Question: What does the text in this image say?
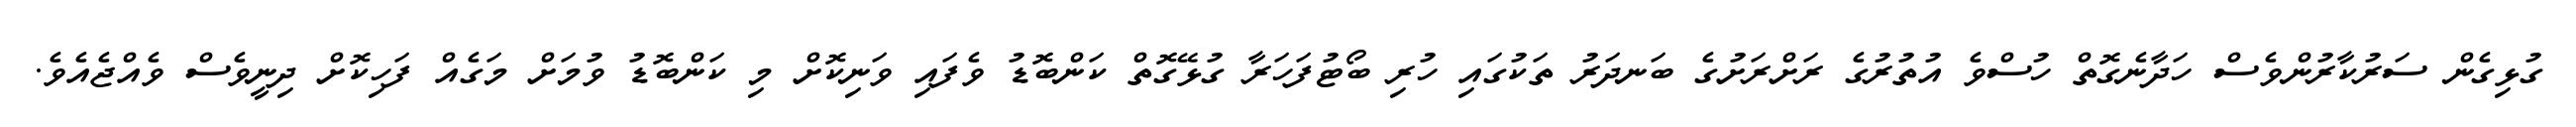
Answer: ގުޅިގެން ސަރުކާރުންވެސް ހަދާނެގޮތް ހުސްވެ އުތުރުގެ ރަށްރަށުގެ ބަނދަރު ތަކުގައި ހުރި ބޯޓުފަހަރާ ގުޅޭގޮތް ކަންބޮޑު ވެފައި ވަނިކޮށް މި ކަންބޮޑު ވުމަށް މަގެއް ފަހިކޮށް ދިނީވެސް ވެއްޖެއެވެ.